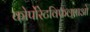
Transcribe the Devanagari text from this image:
कोर्पोरेटविफलताओ